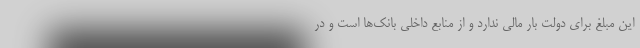
این مبلغ برای دولت بار مالی ندارد و از منابع داخلی بانک‌ها است و در